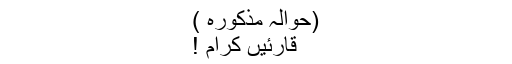
(حوالہ مذکورہ )
قارئیں کرام !